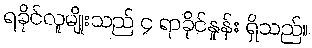
ရခိုင်လူမျိုးသည် ၄ ရာခိုင်နှုန်း ရှိသည်။